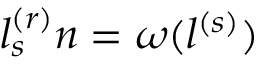
l _ { s } ^ { ( r ) } n = \omega ( l ^ { ( s ) } )